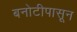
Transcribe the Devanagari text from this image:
बनोटीपासून